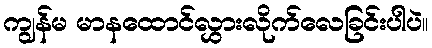
ကျွန်မ မာနထောင်လွှားလိုက်လေခြင်းပါပဲ။